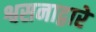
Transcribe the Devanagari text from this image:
श्वसनाद्वारे